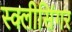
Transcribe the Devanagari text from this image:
स्क्लीसिंगर